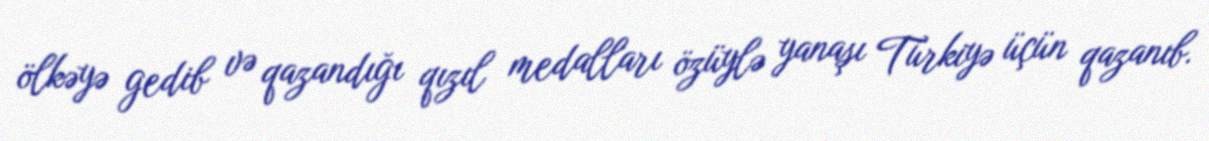
ölkəyə gedib və qazandığı qızıl medalları özüylə yanaşı Türkiyə üçün qazanıb.